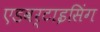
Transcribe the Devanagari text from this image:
एडवर्टाइसिंग